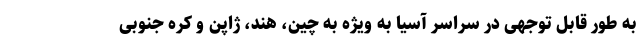
به طور قابل توجهی در سراسر آسیا به ویژه به چین، هند، ژاپن و کره جنوبی